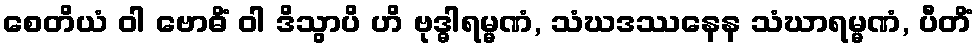
စေတိယံ ဝါ ဗောဓိံ ဝါ ဒိသွာပိ ဟိ ဗုဒ္ဓါရမ္မဏံ, သံဃဒဿနေန သံဃာရမ္မဏံ, ပီတိံ